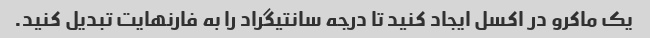
یک ماکرو در اکسل ایجاد کنید تا درجه سانتیگراد را به فارنهایت تبدیل کنید.